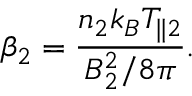
\beta _ { 2 } = \frac { n _ { 2 } k _ { B } T _ { \parallel 2 } } { B _ { 2 } ^ { 2 } / 8 \pi } .